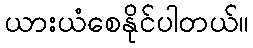
ယားယံစေနိုင်ပါတယ်။